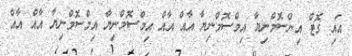
އައި ގޮޓް އިންސޮމްނިޔާ އިމްސޮމްނިޔާ އާއް އާއް އިމްސޮމްނިޔާ އިމްސޮމްނިޔާ އާއް އާއް